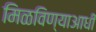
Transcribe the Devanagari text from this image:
मिळविण्याआधी